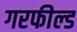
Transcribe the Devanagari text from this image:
गरफील्ड